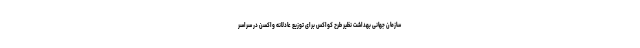
سازمان جهانی بهداشت نظیر طرح کواکس برای توزیع عادلانه واکسن در سراسر